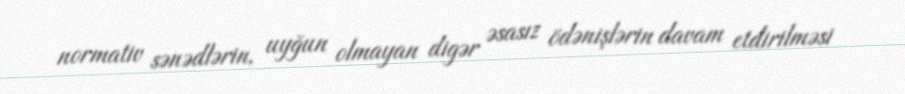
normativ sənədlərin, uyğun olmayan digər əsasız ödənişlərin davam etdirilməsi